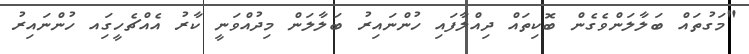
"މަގުތައް ބަލާލަންވެގެން ބޮކިތައް ދިއްލާފައި ހުންނައިރު ބަލާލަން މިދުއްވަނީ ކާރު އެއްޗެހީގަިއ ހުންނައިރު